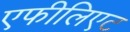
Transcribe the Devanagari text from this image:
एफीलिएट